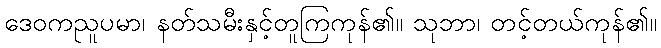
ဒေဝကညူပမာ၊ နတ်သမီးနှင့်တူကြကုန်၏။ သုဘာ၊ တင့်တယ်ကုန်၏။